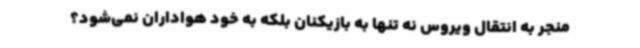
منجر به انتقال ویروس نه تنها به بازیکنان بلکه به خود هواداران نمی‌شود؟